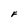
Character: F